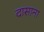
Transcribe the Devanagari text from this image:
दासाना